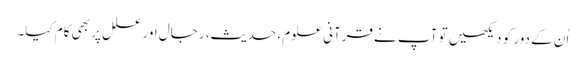
اُن کے دور کو دیکھیں تو آپ نے قرآنی علوم، حدیث، رجال اور علل پر بھی کام کیا۔